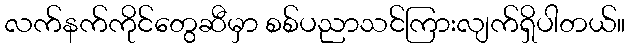
လက်နက်ကိုင်တွေဆီမှာ စစ်ပညာသင်ကြားလျက်ရှိပါတယ်။